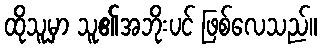
ထိုသူမှာ သူ၏အဘိုးပင် ဖြစ်လေသည်။